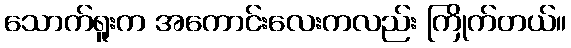
သောက်ရူးက အကောင်းလေးကလည်း ကြိုက်တယ်။